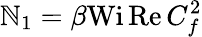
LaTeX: \mathbb{N}_{1}=\beta\textrm{{Wi}}\, \textrm{{Re}}\, C_{f}^{2}